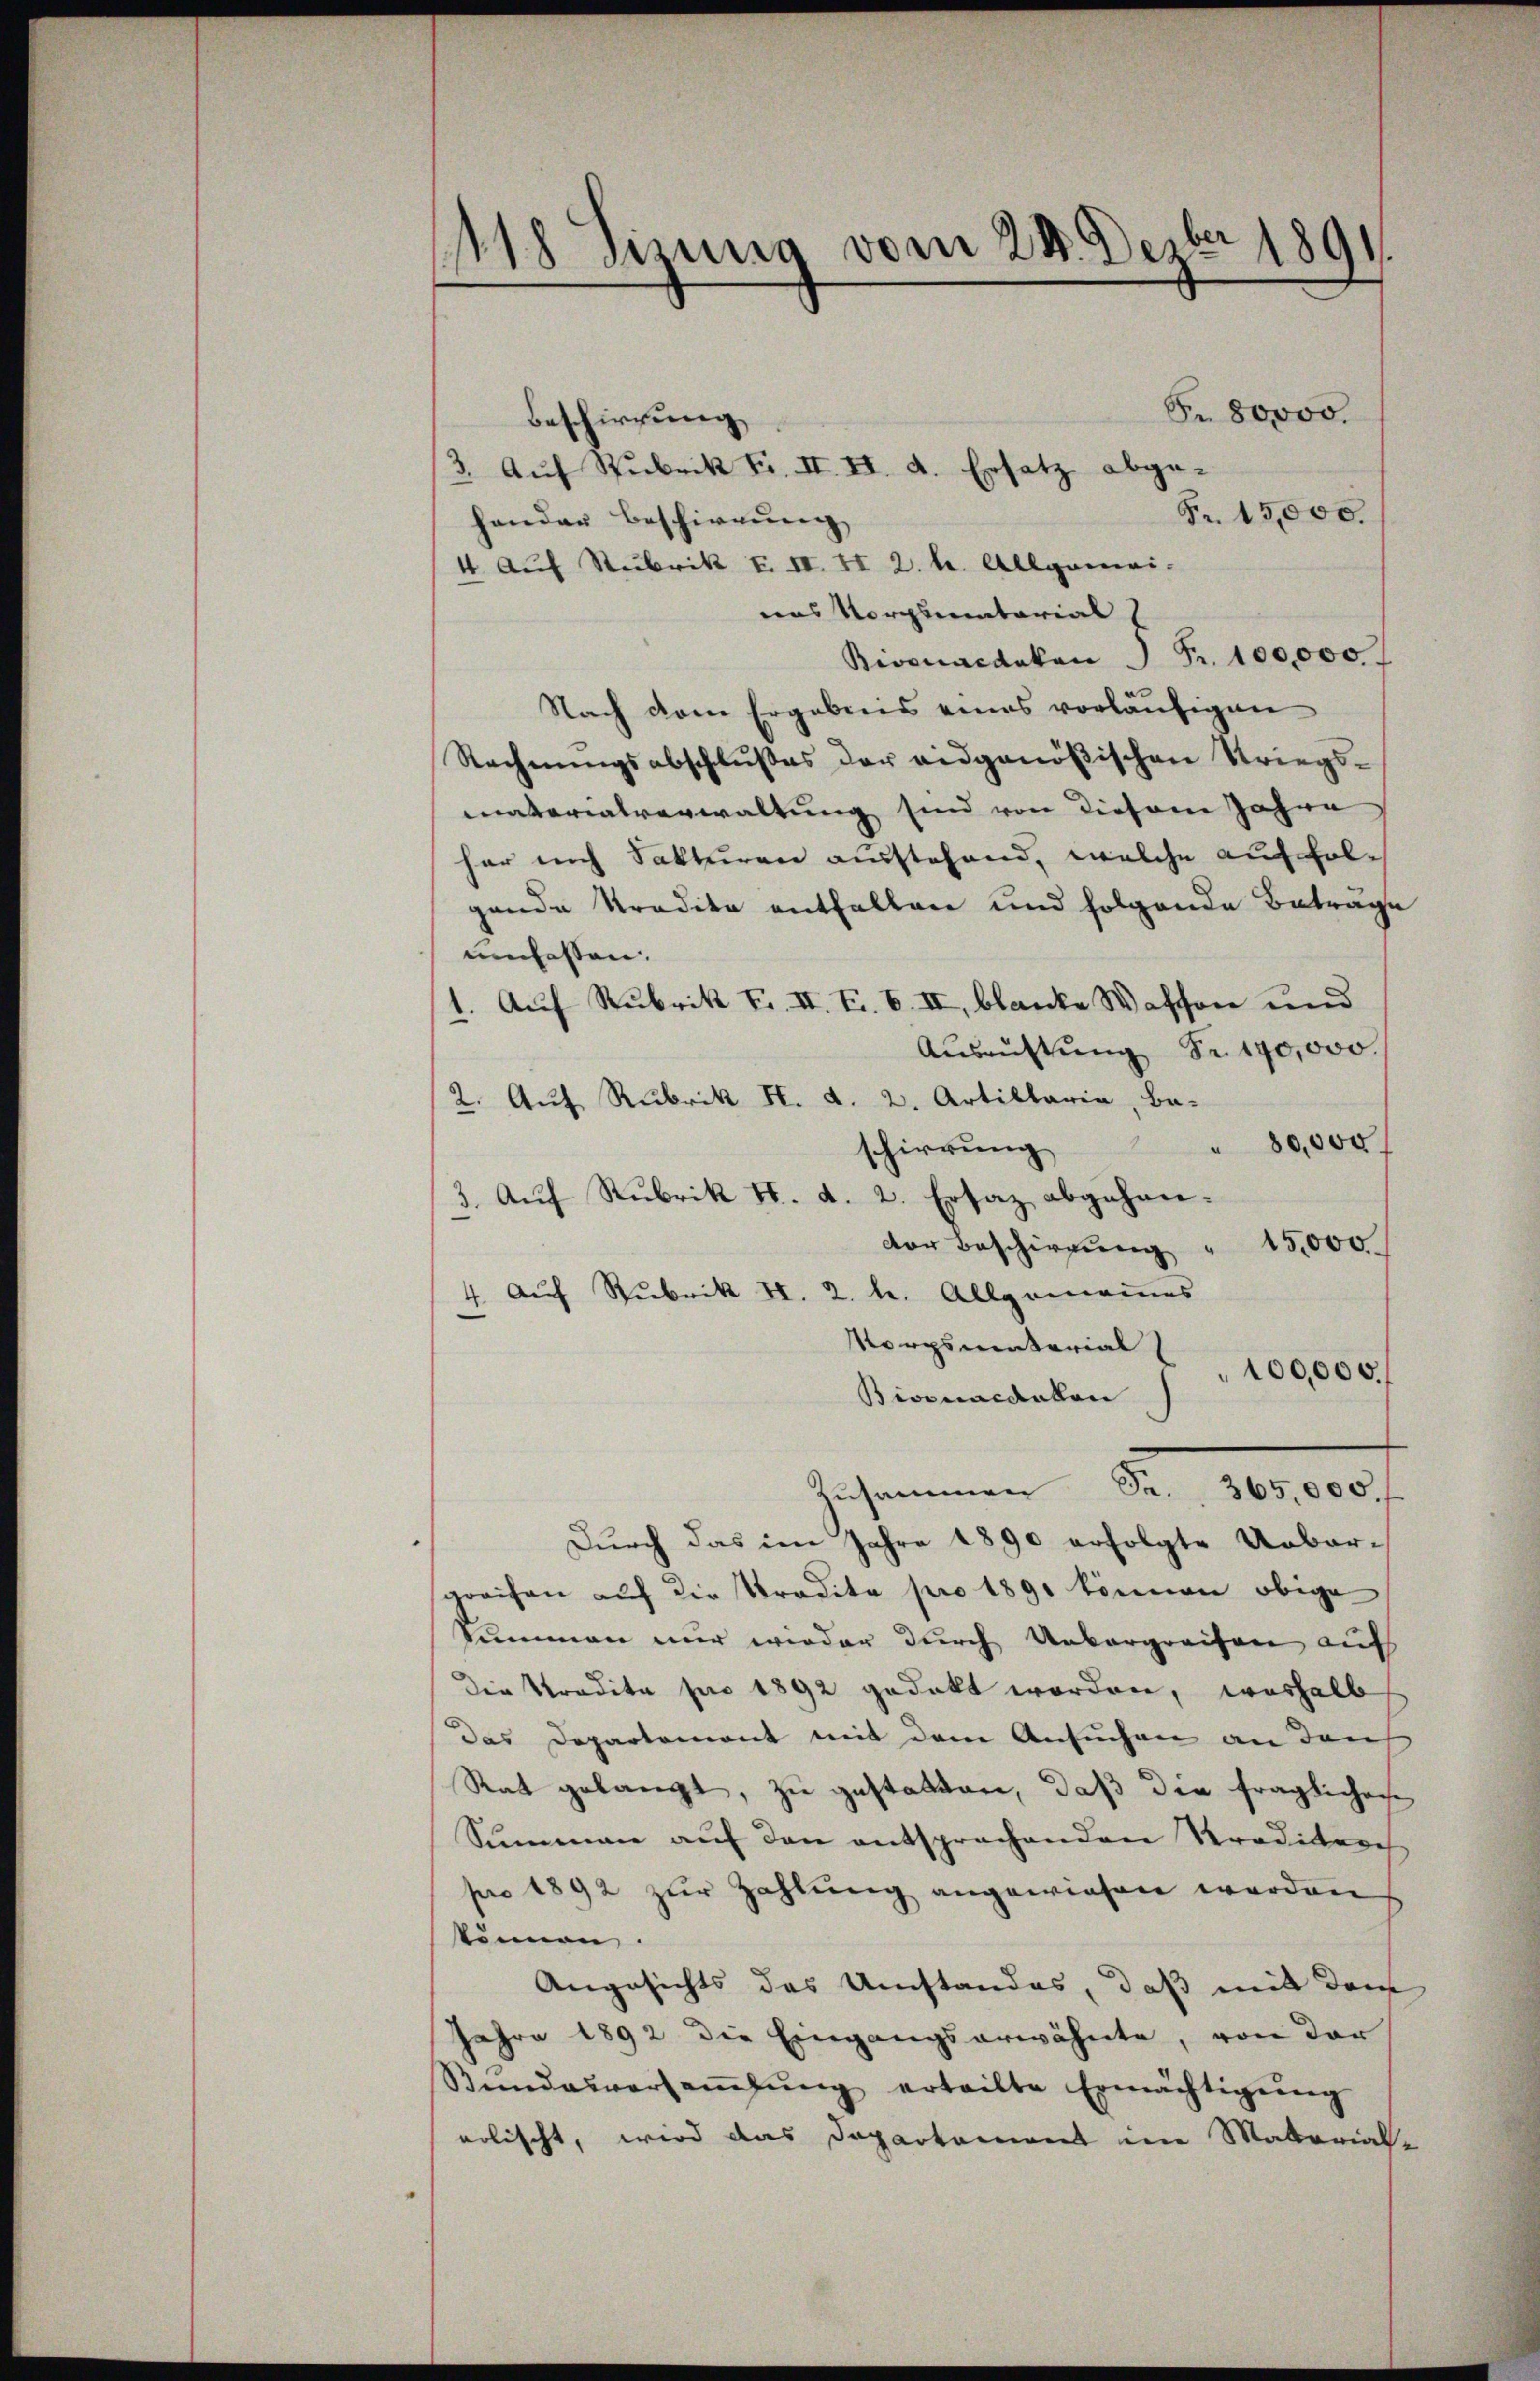
118 Sizung vom 24. Dezbr 1891.

S. 80000.
Beschirrung
3. Auf Spubrik Fr. II. II. d. Ersatz abge¬
Fr. 15,000.
hander Beschirrung
4 auf Stubrik F. II. II 2. hr. Allgemei-
eas Vorgunatarial
Bisenacdakon Fr. 100,000
Nach dem Ergebnis eines vorläufigen
Rechnungsabschlußes der eidgenößischen Striegsmatorialverwaltung sind von diesene Jahre
her nach Sakturen ausstehend, welche auf folgende Tradita entfallen und folgende Betrage
umfassen. |
1. Auf Rubrik F. II. Fr. 6. II, blanke Wassen und
Aŭsrŭftŭng Fr. 170,000
2. Auf Rubrik H. d. 2. Artillaria, Ba-
" 80,000
schirrung
3. Aŭf Rubrik d. d. 2. Ersaz abgehandor Beschirrung " 15,000
4. auf Rubrik II. 2. l. Allgenommes
Korpsmaterial
100,000.
Bisonacdalen
Zusammen Fr. 365,000 f
Durch das im Jahre 1890 erfolgte Ueber-
greifen auf die Tradita pro 1890 können obige
Summen nur wieder durch Untergreifen aufs
Die Tradita pro 1892 gedeckt worden, weshalb
das Departement mit dem Ansuchen an den
Rat gelangt, zu gestatten, daß die fraglichen
Summen auf den entsprechenden Kreditere
pro 1892 zur Zahlung angewiesen worden
können.
Angesichts des Umstandes, daß mit dem
Jahre 1892 die Eingangserwähnte, von der
Sindauversaṁlŭng erteilte Ermächtigŭng
eolischt, wird das Departement im Material-